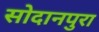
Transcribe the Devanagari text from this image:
सोदानपुरा